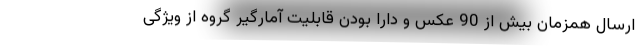
ارسال همزمان بیش از 90 عکس و دارا بودن قابلیت آمارگیر گروه از ویژگی